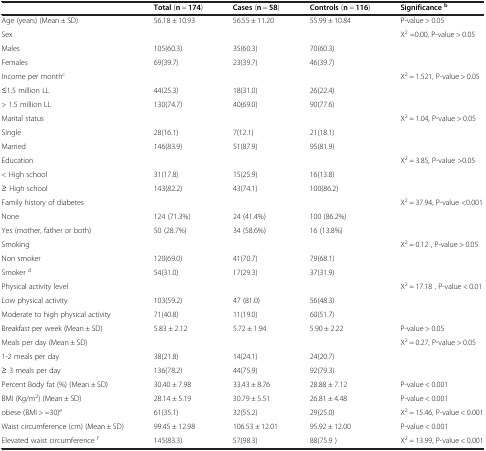
<table><thead><tr><td><b> </b></td><td><b>Total (n = 174)</b></td><td><b>Cases (n = 58)</b></td><td><b>Controls (n = 116)</b></td><td><b>Significance<sup>b</sup></b></td></tr></thead><tbody><tr><td>Age (years) (Mean ± SD)</td><td>56.18 ± 10.93</td><td>56.55 ± 11.20</td><td>55.99 ± 10.84</td><td>P-value &gt; 0.05</td></tr><tr><td>Sex</td><td> </td><td> </td><td> </td><td>X<sup>2</sup> =0.00, P-value &gt; 0.05</td></tr><tr><td>Males</td><td>105(60.3)</td><td>35(60.3)</td><td>70(60.3)</td><td> </td></tr><tr><td>Females</td><td>69(39.7)</td><td>23(39.7)</td><td>46(39.7)</td><td> </td></tr><tr><td>Income per month<sup>c</sup></td><td> </td><td> </td><td> </td><td>X<sup>2</sup> = 1.521, P-value &gt; 0.05</td></tr><tr><td>≤1.5 million LL</td><td>44(25.3)</td><td>18(31.0)</td><td>26(22.4)</td><td> </td></tr><tr><td>&gt; 1.5 million LL</td><td>130(74.7)</td><td>40(69.0)</td><td>90(77.6)</td><td> </td></tr><tr><td>Marital status</td><td> </td><td> </td><td> </td><td>X<sup>2</sup> = 1.04, P-value &gt; 0.05</td></tr><tr><td>Single</td><td>28(16.1)</td><td>7(12.1)</td><td>21(18.1)</td><td> </td></tr><tr><td>Married</td><td>146(83.9)</td><td>51(87.9)</td><td>95(81.9)</td><td> </td></tr><tr><td>Education</td><td> </td><td> </td><td> </td><td>X<sup>2</sup> = 3.85, P-value &gt;0.05</td></tr><tr><td>&lt; High school</td><td>31(17.8)</td><td>15(25.9)</td><td>16(13.8)</td><td> </td></tr><tr><td>≥ High school</td><td>143(82.2)</td><td>43(74.1)</td><td>100(86.2)</td><td> </td></tr><tr><td>Family history of diabetes</td><td> </td><td> </td><td> </td><td>X<sup>2</sup> = 37.94, P-value &lt;0.001</td></tr><tr><td>None</td><td>124 (71.3%)</td><td>24 (41.4%)</td><td>100 (86.2%)</td><td> </td></tr><tr><td>Yes (mother, father or both)</td><td>50 (28.7%)</td><td>34 (58.6%)</td><td>16 (13.8%)</td><td> </td></tr><tr><td>Smoking</td><td> </td><td> </td><td> </td><td>X<sup>2</sup> = 0.12 , P-value &gt; 0.05</td></tr><tr><td>Non smoker</td><td>120(69.0)</td><td>41(70.7)</td><td>79(68.1)</td><td> </td></tr><tr><td>Smoker <sup>d</sup></td><td>54(31.0)</td><td>17(29.3)</td><td>37(31.9)</td><td> </td></tr><tr><td>Physical activity level</td><td> </td><td> </td><td> </td><td>X<sup>2</sup> = 17.18 , P-value &lt; 0.01</td></tr><tr><td>Low physical activity</td><td>103(59.2)</td><td>47 (81.0)</td><td>56(48.3)</td><td> </td></tr><tr><td>Moderate to high physical activity</td><td>71(40.8)</td><td>11(19.0)</td><td>60(51.7)</td><td> </td></tr><tr><td>Breakfast per week (Mean ± SD)</td><td>5.83 ± 2.12</td><td>5.72 ± 1.94</td><td>5.90 ± 2.22</td><td>P-value &gt; 0.05</td></tr><tr><td>Meals per day (Mean ± SD)</td><td> </td><td> </td><td> </td><td>X<sup>2</sup> = 0.27, P-value &gt; 0.05</td></tr><tr><td>1-2 meals per day</td><td>38(21.8)</td><td>14(24.1)</td><td>24(20.7)</td><td> </td></tr><tr><td>≥ 3 meals per day</td><td>136(78.2)</td><td>44(75.9)</td><td>92(79.3)</td><td> </td></tr><tr><td>Percent Body fat (%) (Mean ± SD)</td><td>30.40 ± 7.98</td><td>33.43 ± 8.76</td><td>28.88 ± 7.12</td><td>P-value &lt; 0.001</td></tr><tr><td>BMI (Kg/m<sup>2</sup>) (Mean ± SD)</td><td>28.14 ± 5.19</td><td>30.79 ± 5.51</td><td>26.81 ± 4.48</td><td>P-value &lt; 0.001</td></tr><tr><td>obese (BMI &gt; =30)<sup>e</sup></td><td>61(35.1)</td><td>32(55.2)</td><td>29(25.0)</td><td>X<sup>2</sup> = 15.46, P-value &lt; 0.001</td></tr><tr><td>Waist circumference (cm) (Mean ± SD)</td><td>99.45 ± 12.98</td><td>106.53 ± 12.01</td><td>95.92 ± 12.00</td><td>P-value &lt; 0.001</td></tr><tr><td>Elevated waist circumference <sup>f</sup></td><td>145(83.3)</td><td>57(98.3)</td><td>88(75.9 )</td><td>X<sup>2</sup> = 13.99, P-value &lt; 0.001</td></tr></tbody></table>